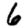
Digit: 6